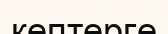
кептерге